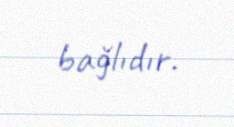
bağlıdır.